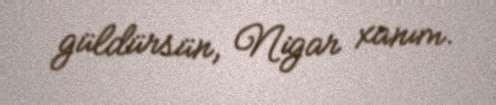
güldürsün, Nigar xanım.